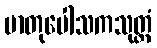
မာတုပေါသကသုတ္တံ